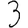
Digit: 3